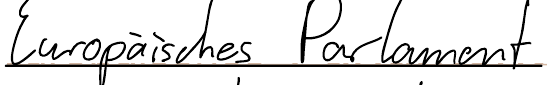
Europäisches Parlament